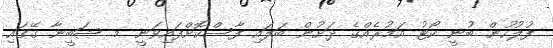
ފުލުހުން ބުނީ ކޯޓު އަމުރެއްގެ ދަށުން ބަލައި ފާސްކޮށްފައިވަނީ މ. ޝަބީނާ ގޭގައި